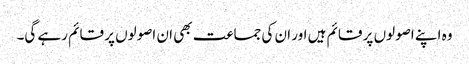
وہ اپنے اصولوں پر قائم ہیں اور ان کی جماعت بھی ان اصولوں پر قائم رہے گی۔